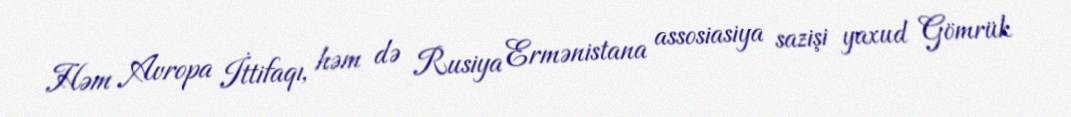
Həm Avropa İttifaqı, həm də Rusiya Ermənistana assosiasiya sazişi yaxud Gömrük